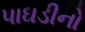
પાઘડીનો